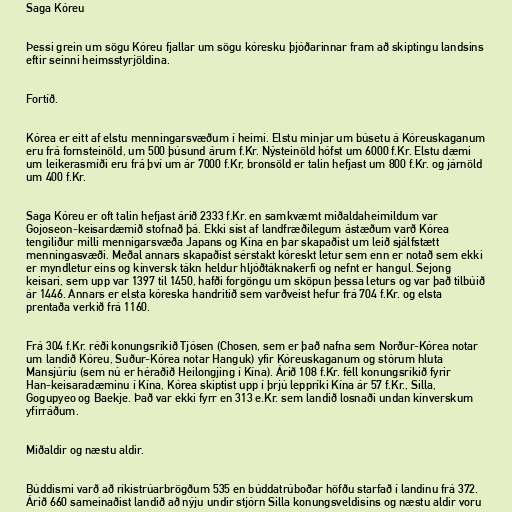
Saga Kóreu

Þessi grein um sögu Kóreu fjallar um sögu kóresku þjóðarinnar fram að skiptingu landsins
eftir seinni heimsstyrjöldina.

Fortíð.

Kórea er eitt af elstu menningarsvæðum í heimi. Elstu minjar um búsetu á Kóreuskaganum
eru frá fornsteinöld, um 500 þúsund árum f.Kr. Nýsteinöld hófst um 6000 f.Kr. Elstu dæmi
um leikerasmíði eru frá því um ár 7000 f.Kr, bronsöld er talin hefjast um 800 f.Kr. og járnöld
um 400 f.Kr.

Saga Kóreu er oft talin hefjast árið 2333 f.Kr. en samkvæmt miðaldaheimildum var
Gojoseon-keisardæmið stofnað þá. Ekki síst af landfræðilegum ástæðum varð Kórea
tengiliður milli mennigarsvæða Japans og Kína en þar skapaðist um leið sjálfstætt
menningasvæði. Meðal annars skapaðist sérstakt kóreskt letur sem enn er notað sem ekki
er myndletur eins og kínversk tákn heldur hljóðtáknakerfi og nefnt er hangul. Sejong
keisari, sem upp var 1397 til 1450, hafði forgöngu um sköpun þessa leturs og var það tilbúið
ár 1446. Annars er elsta kóreska handritið sem varðveist hefur frá 704 f.Kr. og elsta
prentaða verkið frá 1160.

Frá 304 f.Kr. réði konungsríkið Tjósen (Chosen, sem er það nafna sem Norður-Kórea notar
um landið Kóreu, Suður-Kórea notar Hanguk) yfir Kóreuskaganum og stórum hluta
Mansjúríu (sem nú er héraðið Heilongjing í Kína). Árið 108 f.Kr. féll konungsríkið fyrir
Han-keisaradæminu í Kína, Kórea skiptist upp í þrjú leppríki Kína ár 57 f.Kr., Silla,
Gogupyeo og Baekje. Það var ekki fyrr en 313 e.Kr. sem landið losnaði undan kínverskum
yfirráðum.

Miðaldir og næstu aldir.

Búddismi varð að ríkistrúarbrögðum 535 en búddatrúboðar höfðu starfað í landinu frá 372.
Árið 660 sameinaðist landið að nýju undir stjórn Silla konungsveldisins og næstu aldir voru